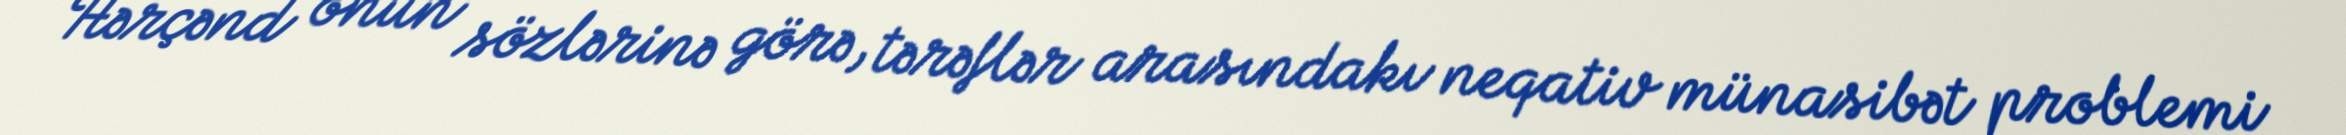
Hərçənd onun sözlərinə görə, tərəflər arasındakı neqativ münasibət problemi